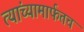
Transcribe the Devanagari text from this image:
त्यांच्यामार्फतच